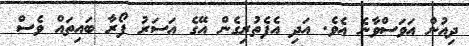
ދިއުން އަވަސްވާނެ އެވެ. އަދި އެފެތުރިގެން އޭގެ އަސަރު ފޯރާ ބައިތައް ވެސް